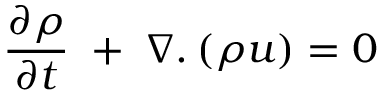
\frac { { \partial \rho } } { { \partial t } } \; + \; \nabla . \, ( \rho u ) = 0